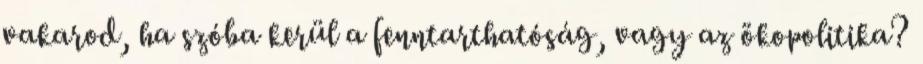
vakarod, ha szóba kerül a fenntarthatóság, vagy az ökopolitika?